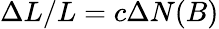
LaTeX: \Delta{}L/L=c\Delta{}N(B)